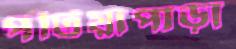
পটিয়াপাড়া